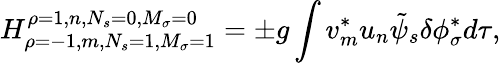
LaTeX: H_{\rho=-1,m,N_{s}=1,M_{\sigma}=1}^{\rho=1,n,N_{s}=0,M_{\sigma}=0}=\pm g\int v_{m}^{*}u_{n}{\tilde{\psi}}_{s}\delta\phi_{\sigma}^{*}d\tau,